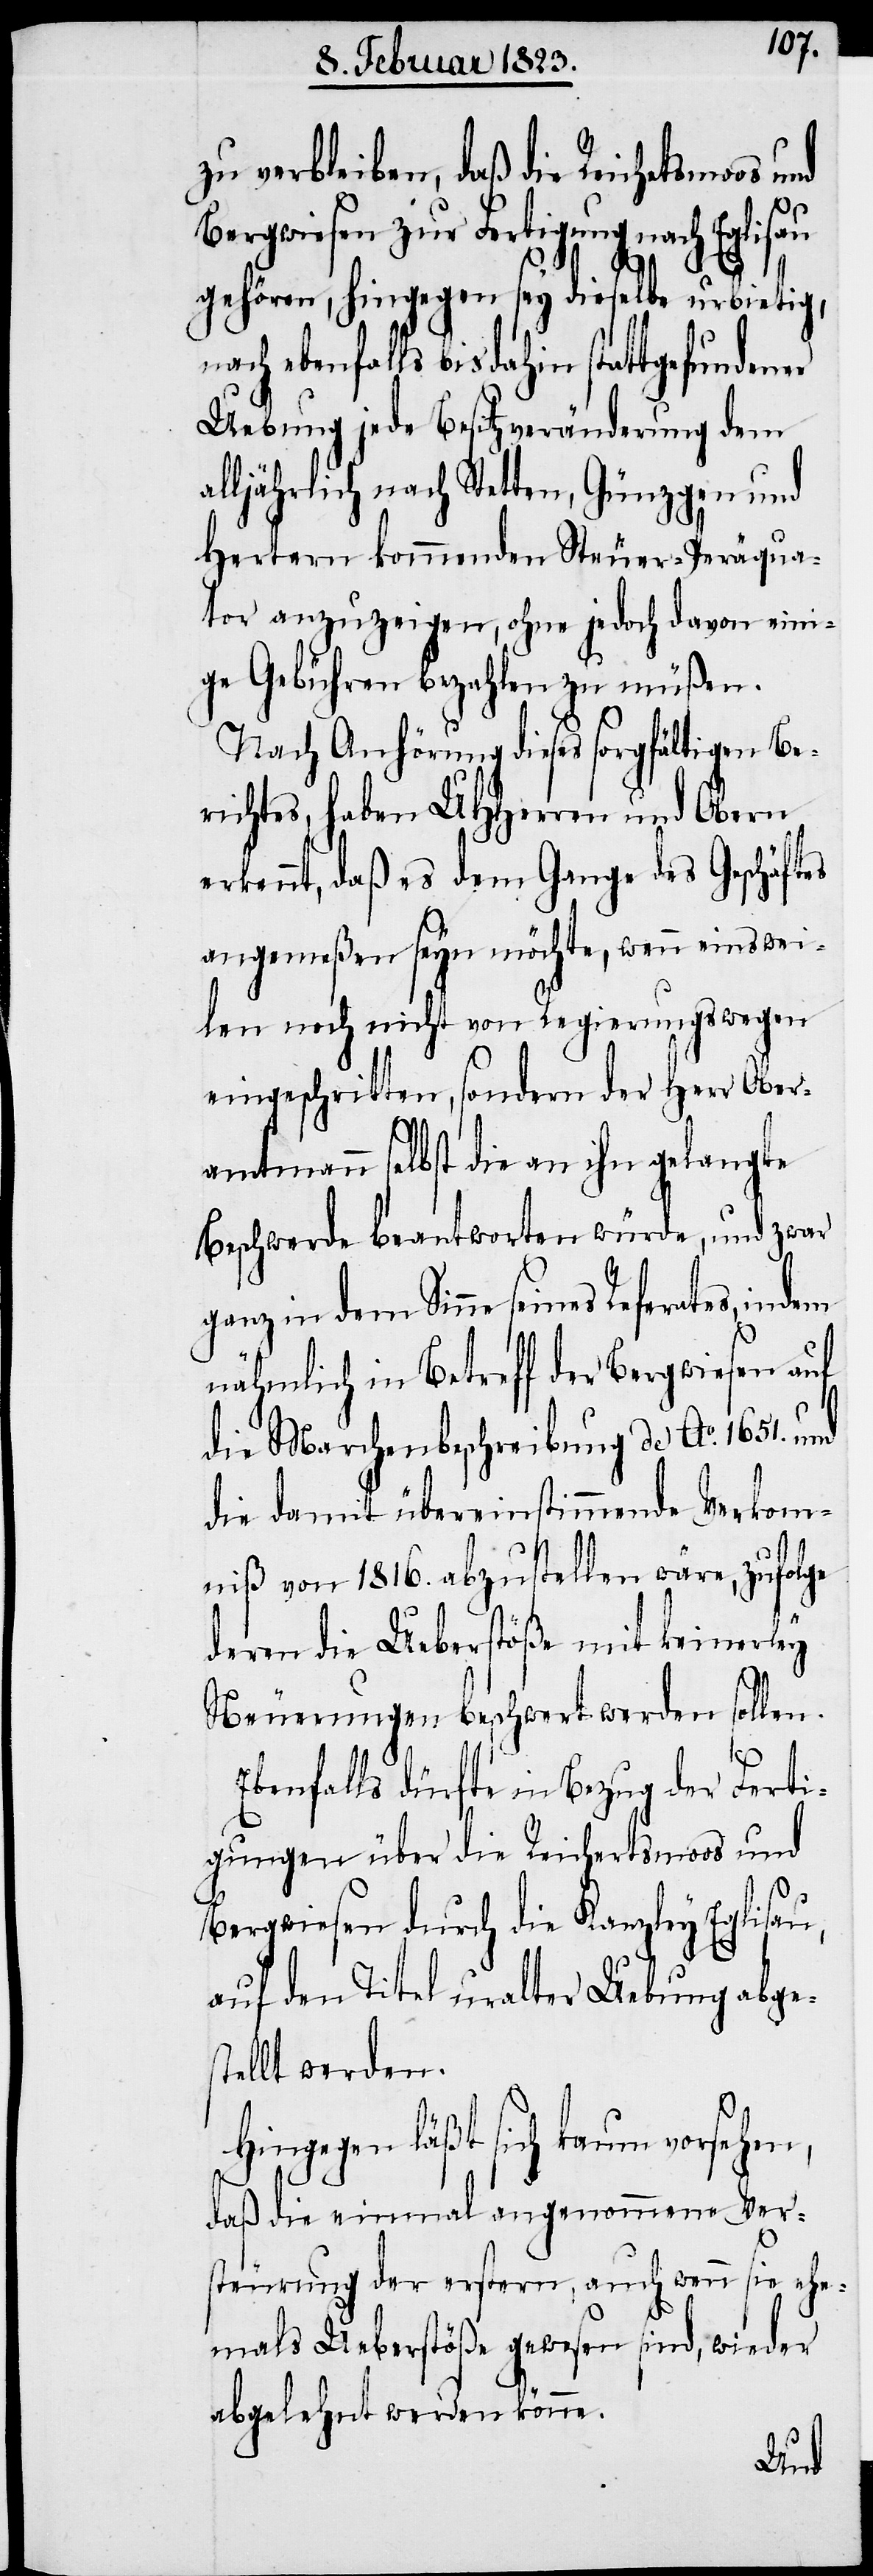
zu verbleiben, daß die Reichetsmoos
Bergwiesen zur Fertigung nach Eglisau
gehören, hingegen sey dieselbe urbietig,
ch ebenfalls bis dahin stattgefundener
Uebung jede Besitzveränderung dem
alljährlich nach Stetten, Günzgen und
Hertern kommenden Steuer-Peräqua¬
tor anzuzeigen, ohne jedoch davon eini¬
ge Gebühren bezahlen zu müßen.
Nach Anhörung dieses sorgfältigen Be¬
richtes, haben UHHerren und Obern
erkennt, daß es dem Gange des Geschäft¬
angemeßen seyn möchte, wenn einswei¬
len noch nicht von Regierungswegen
eingeschritten, sondern der Herr Ober¬
amtmann selbst die an ihn gelangte
Beschwerde beantworten würde, und zwar
ganz in dem Sinne seines Referates, indem
nähmlich in Betreff der Bergwiesen auf
die Marchenbeschreibung de Ao. 1651. und
die damit übereinstimmende Verkom¬
niß von 1816. abzustellen wäre, zufolge
deren die Ueberstöße mit keinerley
Neuerungen beschwert werden sollen.
Ebenfalls dürfte in Bezug der Ferti¬
gungen über die Reichertsmoos und
Bergwiesen durch die Kanzley Eglisau,
auf den Titel uralter Uebung abge¬
stellt werden.
Hingegen läßt sich kaum vorsehen,
daß die einmal angenommene Ver¬
steurung der erstern, auch wenn sie ehe¬
mals Ueberstöße gewesen sind, wieder
abgelehnt werden könne.
es